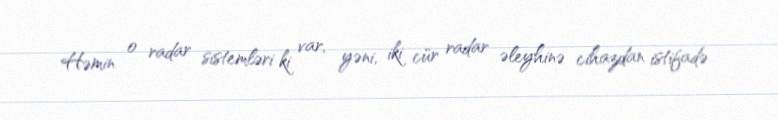
Həmin o radar sistemləri ki var, yəni, iki cür radar əleyhinə cihazdan istifadə